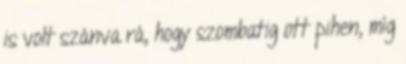
is volt szánva rá, hogy szombatig ott pihen, míg